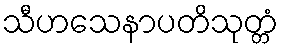
သီဟသေနာပတိသုတ္တံ